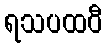
ရသပထဝီ